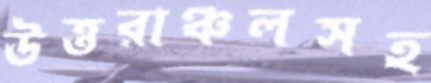
উত্তরাঞ্চলসহ